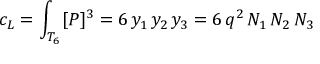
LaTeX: c _ { \small L } = \int _ { T _ { 6 } } [ P ] ^ { 3 } = 6 \, y _ { 1 } \, y _ { 2 } \, y _ { 3 } = 6 \, q ^ { 2 } \, N _ { 1 } \, N _ { 2 } \, N _ { 3 }